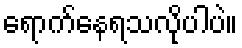
ရောက်နေရသလိုပါပဲ။